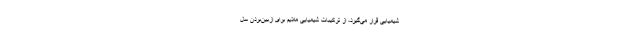
شیمیایی قرار می‌گیرد، از ترکیبات شیمیایی ملایم برای ازبین‌بردن سل